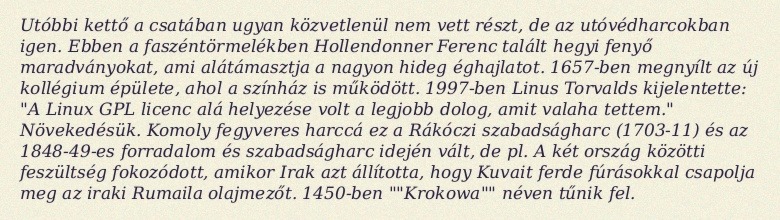
Utóbbi kettő a csatában ugyan közvetlenül nem vett részt, de az utóvédharcokban igen. Ebben a faszéntörmelékben Hollendonner Ferenc talált hegyi fenyő maradványokat, ami alátámasztja a nagyon hideg éghajlatot. 1657-ben megnyílt az új kollégium épülete, ahol a színház is működött. 1997-ben Linus Torvalds kijelentette: "A Linux GPL licenc alá helyezése volt a legjobb dolog, amit valaha tettem." Növekedésük. Komoly fegyveres harccá ez a Rákóczi szabadságharc (1703-11) és az 1848-49-es forradalom és szabadságharc idején vált, de pl. A két ország közötti feszültség fokozódott, amikor Irak azt állította, hogy Kuvait ferde fúrásokkal csapolja meg az iraki Rumaila olajmezőt. 1450-ben ""Krokowa"" néven tűnik fel.